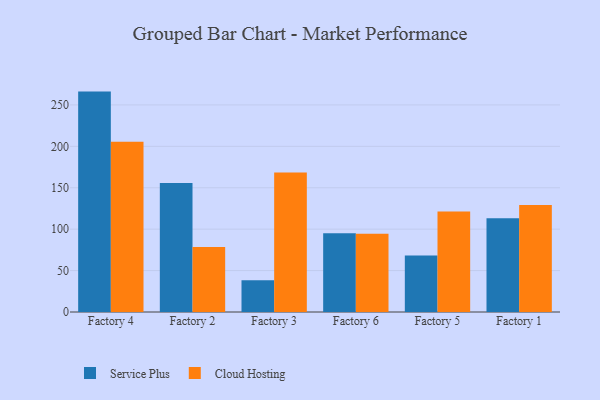
{"axis": {"x": "Factory", "y": "Page Views"}, "legend": ["Cloud Hosting", "Service Plus"], "data": [{"x": "Factory 4", "y": 266.1, "type": "Service Plus"}, {"x": "Factory 4", "y": 205.7, "type": "Cloud Hosting"}, {"x": "Factory 2", "y": 155.6, "type": "Service Plus"}, {"x": "Factory 2", "y": 78.6, "type": "Cloud Hosting"}, {"x": "Factory 3", "y": 38.4, "type": "Service Plus"}, {"x": "Factory 3", "y": 168.5, "type": "Cloud Hosting"}, {"x": "Factory 6", "y": 95.2, "type": "Service Plus"}, {"x": "Factory 6", "y": 94.5, "type": "Cloud Hosting"}, {"x": "Factory 5", "y": 68.3, "type": "Service Plus"}, {"x": "Factory 5", "y": 121.4, "type": "Cloud Hosting"}, {"x": "Factory 1", "y": 113.2, "type": "Service Plus"}, {"x": "Factory 1", "y": 129.1, "type": "Cloud Hosting"}]}